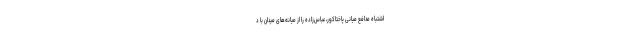
اشتباه مدافع میانی پاختاکور، عباس‌زاده را از میانه‌های میدان با د